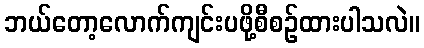
ဘယ်တော့လောက်ကျင်းပဖို့စီစဉ်ထားပါသလဲ။